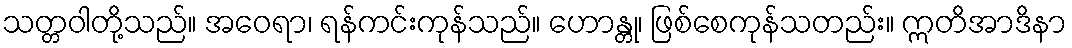
သတ္တဝါတို့သည်။ အဝေရာ၊ ရန်ကင်းကုန်သည်။ ဟောန္တု၊ ဖြစ်စေကုန်သတည်း။ ဣတိအာဒိနာ